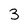
Character: 3